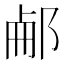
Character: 𨛖